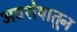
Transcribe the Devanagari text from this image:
अवशेषातून